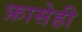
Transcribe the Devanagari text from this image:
फ़ासेही